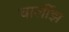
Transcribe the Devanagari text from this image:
चार्लीझ